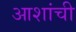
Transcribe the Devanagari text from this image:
आशांची